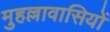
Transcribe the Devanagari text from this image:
मुहल्लावासियों